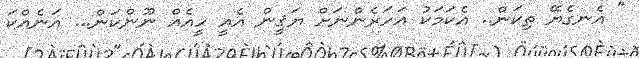
" އެނގެޔޭ ތިކަން.. އެކަމަކު އަހަރެންނަށް ޔަޤީން އެއީ ހީއެއް ނޫންކަން... އަނެއްކަ